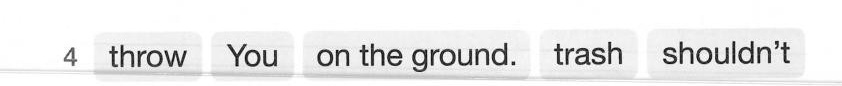
4 throw You on the ground. Trash shouldn't